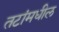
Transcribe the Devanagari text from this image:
तटांमधील